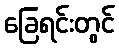
ခြေရင်းတွင်